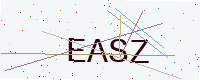
Text: EASZ